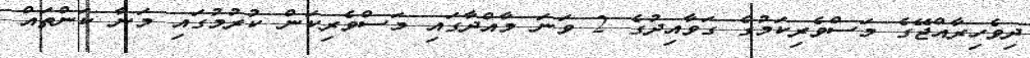
ދިވެހިރާއްޖޭގެ މަސްވެރިކަމުގެ ގަވާއިދުގެ 2 ވަނަ މާއްދާގައި މަސްވެރިކަން ކުރުމުގައި މަނާ ކަންތައް